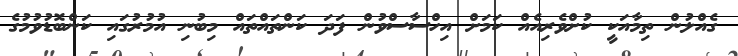
ގެއްލުން ތިމާއަކީ ކުށްވެރިއެއް ކަމަށް އިހްސާސްވުން ފަދަ ކަންތައްތައް މިބުނި އުމުރުގައި ކަންބޮޑުވުމުގެ